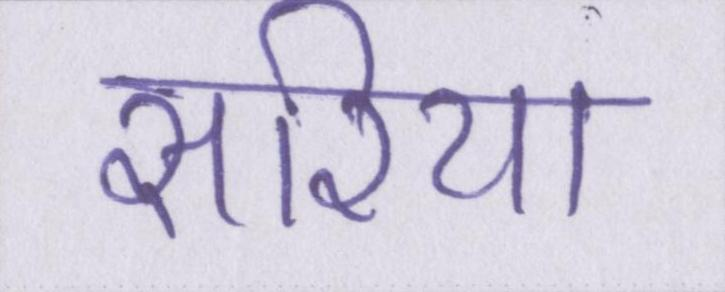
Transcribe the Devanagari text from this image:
सरिया